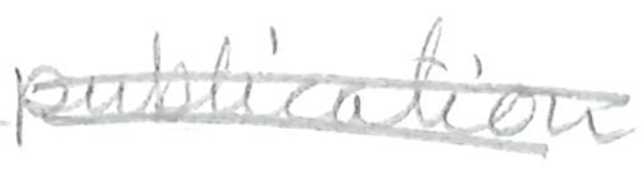
Text: publication
Cross-out: double-line
Writing tool: pencil